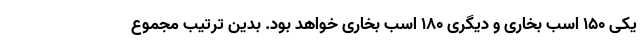
یکی 150 اسب بخاری و دیگری 180 اسب بخاری خواهد بود. بدین ترتیب مجموع